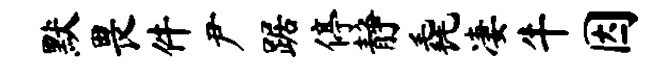
默畏件尹踞停静毳凄牛因